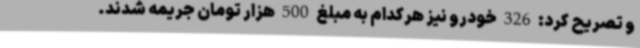
و تصریح کرد: 326 خودرو نیز هرکدام به مبلغ 500 هزار تومان جریمه شدند.